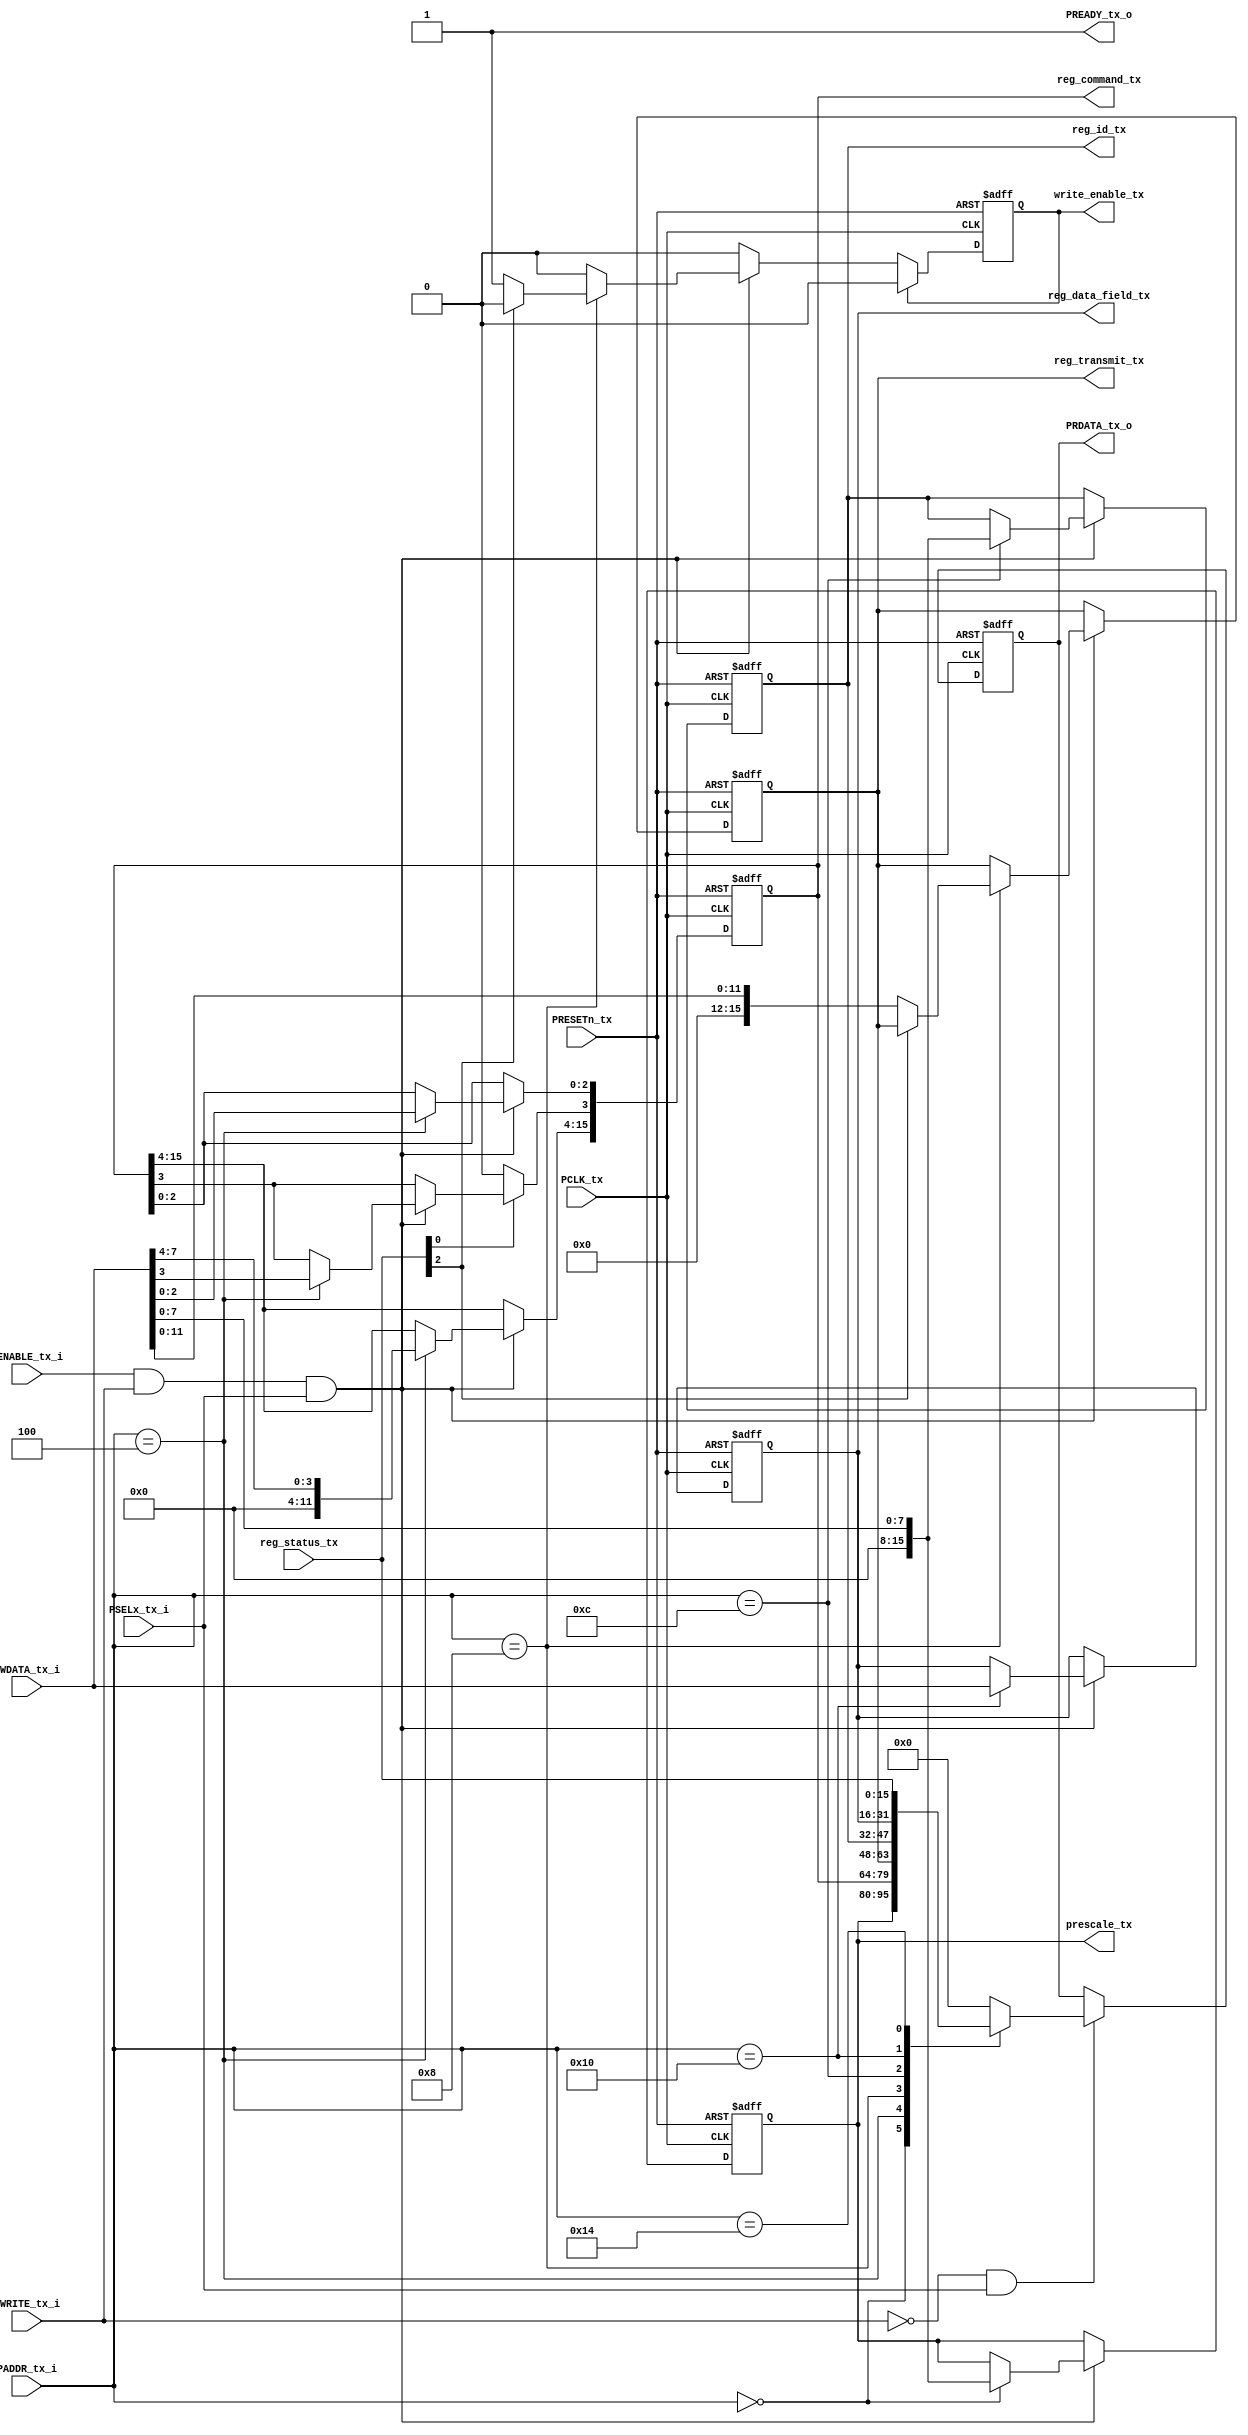
module apb_tx
	#(parameter ADDRESSWIDTH= 5,
	parameter DATAWIDTH= 16)

	(
	input PCLK_tx,
	input PRESETn_tx,
	input [ADDRESSWIDTH-1:0]PADDR_tx_i,
	input [DATAWIDTH-1:0] PWDATA_tx_i,
	input PWRITE_tx_i,
	input PSELx_tx_i,
	input PENABLE_tx_i,
	output reg [DATAWIDTH-1:0] PRDATA_tx_o,
	output PREADY_tx_o,

	//REGISTER
	output reg [15:0] prescale_tx,
	output reg [15:0] reg_command_tx,		//RW
	output reg [15:0] reg_transmit_tx,	//RW
	output reg [15:0] reg_id_tx,		//RW
	output reg [15:0] reg_data_field_tx,		//RW
 	input [15:0] reg_status_tx,
	//output control fifo tx
	output reg write_enable_tx
	
	);
	assign PREADY_tx_o = 1;
	always @(posedge PCLK_tx or negedge PRESETn_tx) begin
 		if(!PRESETn_tx) begin
			PRDATA_tx_o <= 0;
			reg_command_tx <= 0;
			reg_transmit_tx <= 0; 
			reg_id_tx <= 0;
			reg_data_field_tx <= 0;
			write_enable_tx <= 0;
			prescale_tx <= 8'b00000000;
		end
		else begin
			if (PENABLE_tx_i & PWRITE_tx_i & PSELx_tx_i) begin
				case (PADDR_tx_i)
					0: prescale_tx <= PWDATA_tx_i[7:0];
					4: reg_command_tx <= PWDATA_tx_i[7:0];
					8: begin
						if(!reg_status_tx[2]) begin	
							reg_transmit_tx <= PWDATA_tx_i[11:0];
								write_enable_tx <= 1;
						end
		
					end
					12: reg_id_tx <= PWDATA_tx_i[7:0];
					16: reg_data_field_tx <= PWDATA_tx_i[15:0];
					//default: reg_transmit_tx <= PWDATA_tx_i[11:0];
				endcase
			end
			if(write_enable_tx) write_enable_tx <= 0;
			if(!PWRITE_tx_i & PSELx_tx_i) begin
				case (PADDR_tx_i)
					0: PRDATA_tx_o <= prescale_tx;
					4: PRDATA_tx_o <= reg_command_tx;
					8: PRDATA_tx_o <= reg_transmit_tx;
					12: PRDATA_tx_o <= reg_id_tx;
					16: PRDATA_tx_o <= reg_data_field_tx;
					20: PRDATA_tx_o <= reg_status_tx;
					default: PRDATA_tx_o <= 0;
				endcase
			end
			if(reg_status_tx[0] == 0) reg_command_tx[3] <= 0;
		end
	end
endmodule